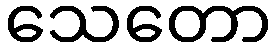
သေတော